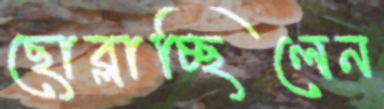
ছোব্‌লাচ্ছিলেন